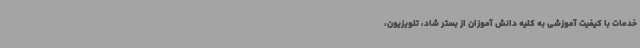
خدمات با کیفیت آموزشی به کلیه دانش آموزان از بستر شاد، تلویزیون،